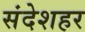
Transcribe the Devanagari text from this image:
संदेशहर